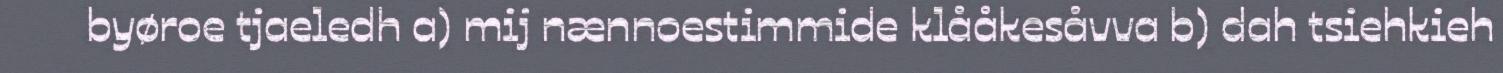
byøroe tjaeledh a) mij nænnoestimmide klååkesåvva b) dah tsiehkieh